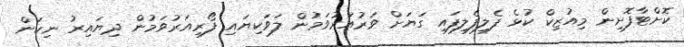
ކޮށްޓާފޮށިން މިއުޒިކް ކުޅެ ފެލިފެލިފައި ގަޔަށް ވަރުއަރުވަމުން ލަވަކިޔައި ފޯރިއަރުވަމުން ދިޔައިރު ނިކަން